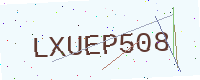
Text: LXUEP508